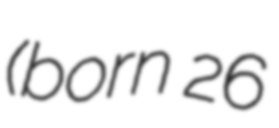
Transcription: (born 26